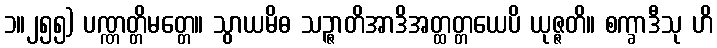
၁။၂၅၅) ပဏ္ဏတ္တိမတ္တေ။ သွာယမိဓ သဉ္ဇာတိအာဒိအတ္ထတ္တယေပိ ယုဇ္ဇတိ။ စက္ခာဒီသု ဟိ